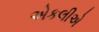
એકલીએ